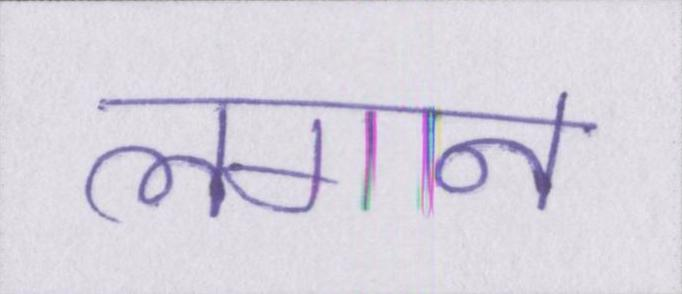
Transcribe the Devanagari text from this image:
लगान